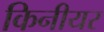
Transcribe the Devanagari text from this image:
किनीयर